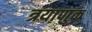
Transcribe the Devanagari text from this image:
त्रयाणुक